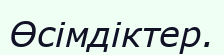
Өсімдіктер.